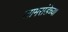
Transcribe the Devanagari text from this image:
जामसंडेच्या